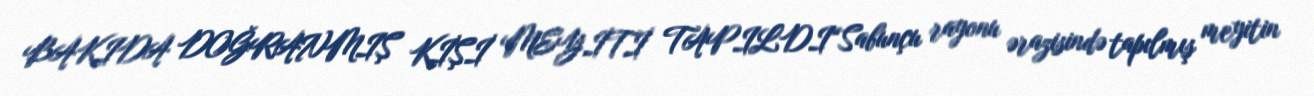
BAKIDA DOĞRANMIŞ KİŞİ MEYİTİ TAPILDI“Sabunçu rayonu ərazisində tapılmış meyitin